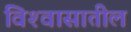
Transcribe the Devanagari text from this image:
विश्‍वासातील